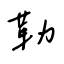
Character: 勒